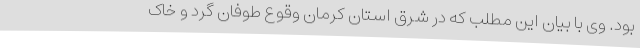
بود. وی با بیان این مطلب که در شرق استان کرمان وقوع طوفان گرد و خاک